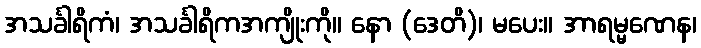
အသင်္ခါရိကံ၊ အသင်္ခါရိကအကျိုးကို။ နော (ဒေတိ)၊ မပေး။ အာရမ္မဏေန၊